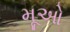
મૂઓ